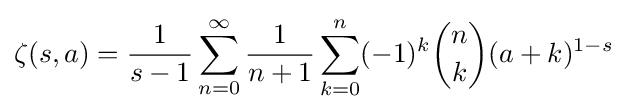
\zeta (s,a)={\frac {1}{s-1}}\sum _{n=0}^{\infty }{\frac {1}{n+1}}\sum _{k=0}^{n}(-1)^{k}{n \choose k}(a+k)^{1-s}